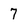
Character: 7